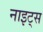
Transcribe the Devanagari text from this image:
नाइट्‌स